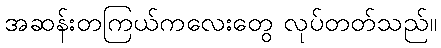
အဆန်းတကြယ်ကလေးတွေ လုပ်တတ်သည်။